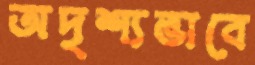
অদৃশ্যভাবে